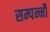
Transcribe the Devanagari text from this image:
सम्पन्नौ